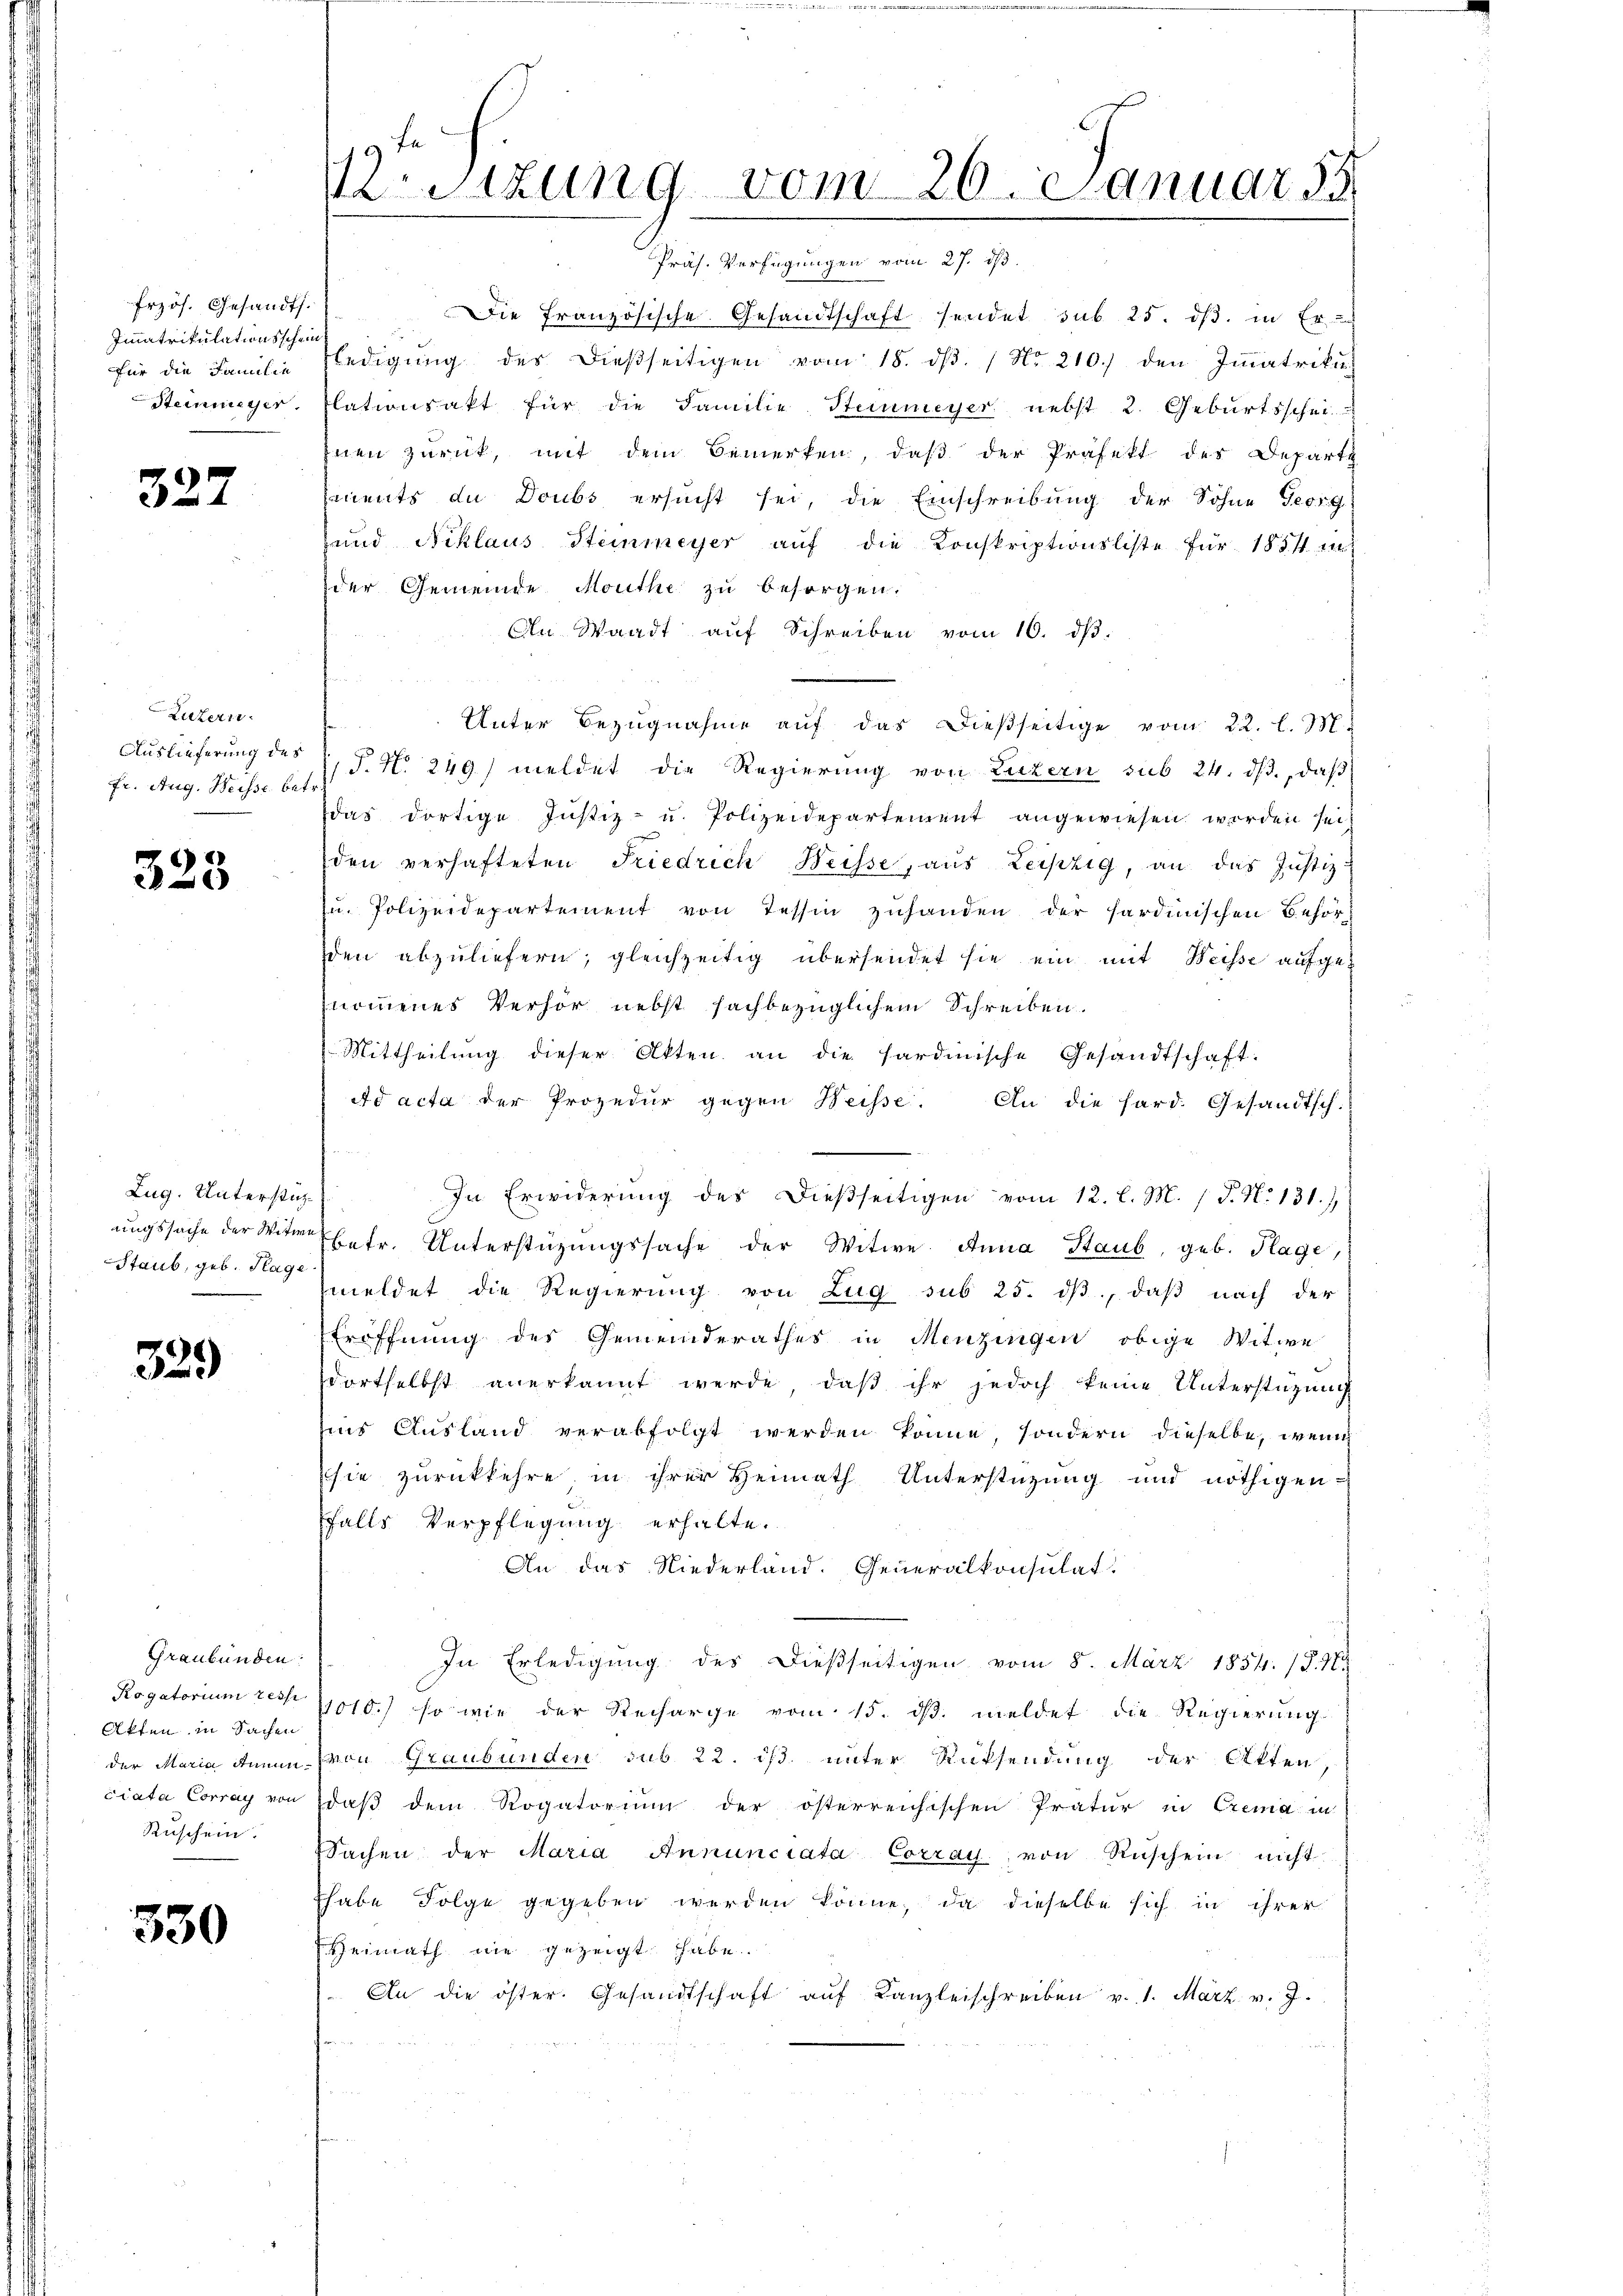
frzös. Gesandts.
Immatrikulationsschein
für die Familie
Steinmeyer

32.

Luzern.
Auslieferung des
fr. Aug. Weisse betr.

323

Zug. Unterstüz
ungssache der Witwe
Staub, geb. Hage

329

Graubünden
Rogatorium resse
Akten in Sachen
der Maria Annun
ciata Correy von Er
Ruschein.

330

sizung vom 26. Januar 18

Präs. Verfügungen vom 27. ds.
Die französische Gesandtschaft sendet sub. 25. dß. in Er-
ledigŭng des dießseitigen vom 18. dβ. / No. 210) den Immatriku
lationsakt für die Familie Steinmeyer nebst 2. Geburtsschei-
inen zurück, mit dem Bemerken, daß der Präfekt des Departe
ments de Doubs ersucht sei, die Einschreibung der Sohne Georg
und Niklaus Steinmeyer auf die Konskriptionsliste für 1854 in
der Gemeinde Mouthe zu besorgen.
An Waadt aŭf Schreiben vom 10. dβ.
Unter Bezugnahme auf das dießseitige vom 22. l. M.
P. N. 249) meldet die Regierung von Luzern sub 24. ds., daß
das dortige Justiz- u. Polizeidepartement angewiesen werden sei,
den verhafteten Friedrich Weisse, aus Leipzig, an das Justiz¬
u. Polizeidepartement von Tessin zuhanden der sardinischen Behör-
den abzuliefern; gleichzeitig übersendet sie ein mit Weisse aufgenommenes Verhör nebst sachbezüglichem Schreiben.
Mittheilung dieser Akten an die Sardinische Gesandtschaft:
dd acta der Prozedur gegen Weisse. An die hard. Gesandtsch.
In Erwiderung des dießseitigen vom 12. l. M. / P. N. 131.)
betr. Unterstüzungssache der Witwe Anna Staub, geb. Klage,
meldet die Regierung von Zug sub 25. dβ, daß nach der
Eröffnung des Gemeinderathes in Menzingen obige Witwe
dortselbst anerkannt werde, daß ihr jedoch keine Unterstüzung
ins Ausland verabfolgt werden könne, sondern dieselbe, wenn
sie zurückkehre in ihrer Heimath Unterstüzung und nöthigen-
falls Verpflegung erhalte.
An das Niederland. Generalkonsulat
In Erledigung des dießseitigen vom 8. März 1854. 1597
1010.) so wie der Recharge vom 15. ds. meldet die Regierung
von Graubünden sub 22. ds. unter Rücksendung der Akten,
daß dem Rogatorium der österreichischen Pratur in Crema in
Sachen der Maria Annunciata Corrat von Rüschen nicht
habe Folge gegeben werden könne, da dieselbe sich in ihrer
Heimath nie gezeigt habe.
An die öster. Gesandtschaft aŭf Kanzleischreiben v. 1. März v. J.